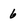
Character: 6